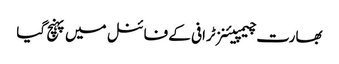
بھارت چیمپیئنز ٹرافی کے فائنل میں پہنچ گیا